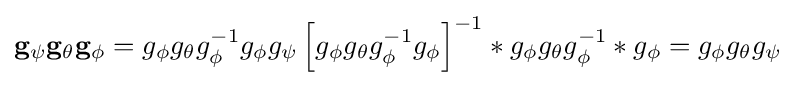
\mathbf {g} _{\psi }\mathbf {g} _{\theta }\mathbf {g} _{\phi }=g_{\phi }g_{\theta }g_{\phi }^{-1}g_{\phi }g_{\psi }\left[g_{\phi }g_{\theta }g_{\phi }^{-1}g_{\phi }\right]^{-1}*g_{\phi }g_{\theta }g_{\phi }^{-1}*g_{\phi }=g_{\phi }g_{\theta }g_{\psi }